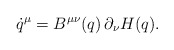
\begin{align*}\dot q^\mu = B^{\mu \nu}(q) \, \partial_\nu H(q).\end{align*}